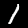
Digit: 1